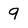
Character: 9